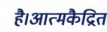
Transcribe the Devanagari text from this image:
है।आत्मकैद्रित